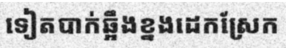
ទៀតបាក់ឆ្អឹងខ្នងដេកស្រែក